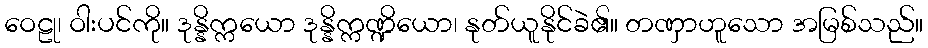
ဝေဠု၊ ဝါးပင်ကို။ ဒုန္နိက္ကယော ဒုန္နိက္ကဏ္ဍိယော၊ နုတ်ယူနိုင်ခဲ၏။ တဏှာဟူသော အမြစ်သည်။